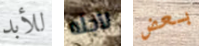
للأبد لأجله بعض